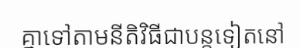
គ្នាទៅតាមនីតិវិធីជាបន្តទៀតនៅ